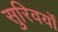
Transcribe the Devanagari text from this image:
सुरिवर्यों